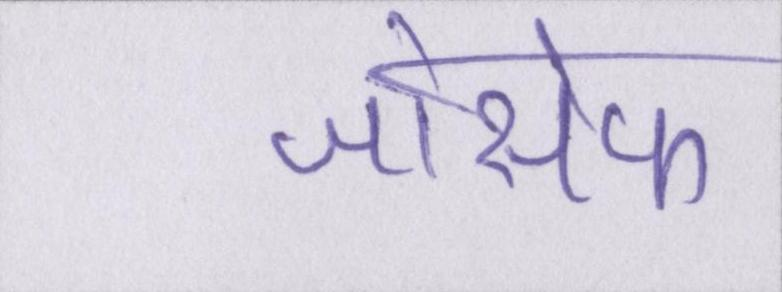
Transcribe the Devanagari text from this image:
जोसेफ